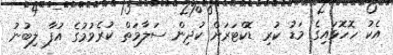
އެކު ހޮހޮޅައިގެ މަޑު ކުރި ޑޮކްޓަރަށް ކުދިން ސަލާމަތް ކުރެވުމުގެ އުފާ ލިބުނު